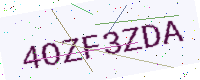
Text: 4OZF3ZDA